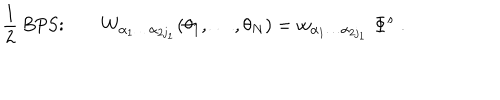
{ \frac { 1 } { 2 } } \mathrm { ~ B P S : } \qquad W _ { \alpha _ { 1 } \ldots \alpha _ { 2 j _ { 1 } } } ( \theta _ { 1 } , \ldots , \theta _ { N } ) = w _ { \alpha _ { 1 } \ldots \alpha _ { 2 j _ { 1 } } } \; \Phi ^ { s } \; .